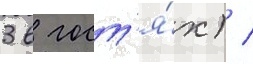
3 в гост'я́х) /